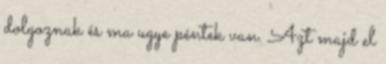
dolgoznak és ma ugye péntek van. Azt majd el